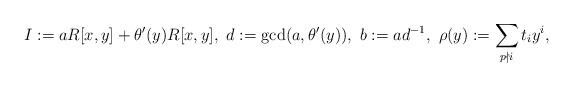
LaTeX: \begin{align*}I:=aR[x,y]+\theta '(y)R[x,y], \ d:=\gcd (a,\theta '(y)), \ b:=ad^{-1},\ \rho (y):=\sum _{p\nmid i}t_iy^i,\end{align*}